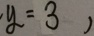
y = 3 ,